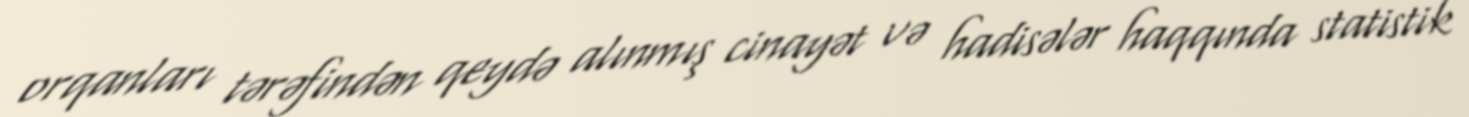
orqanları tərəfindən qeydə alınmış cinayət və hadisələr haqqında statistik